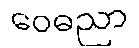
ဝေဓညာ